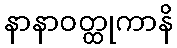
နာနာဝတ္ထုကာနိ